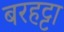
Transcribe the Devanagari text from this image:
बरहट्टा